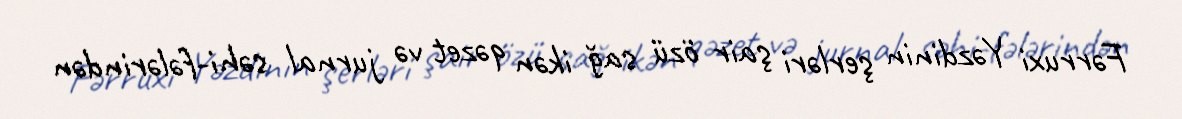
Fərruxi Yəzdinin şerləri şair özü sağ ikən qəzet və jurnal səhi-fələrindən